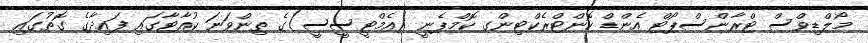
މޯލްޑިވްސް ޓްރާންސްޕޯޓް އެންޑް ކޮންޓްރެކްޓިންގ ކޮމްޕެނީ (އެމްޓީސީސީ)ގެ ތިންވަނަ ކުއާޓާގައި ފައިދާގެ ގޮތުގައި